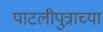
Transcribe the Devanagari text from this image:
पाटलीपुत्राच्या